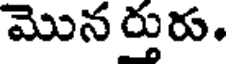
మొన ర్తురు.